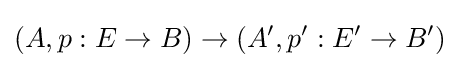
(A,p:E\to B)\to (A',p':E'\to B')